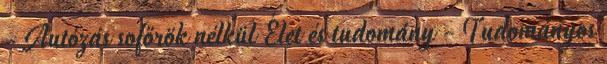
- Autózás sofőrök nélkül Élet és tudomány - Tudományos